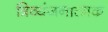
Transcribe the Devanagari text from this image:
त्रिव्यंजनात्मक